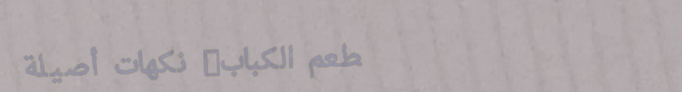
مطعم الكباب: نكهات أصيلة